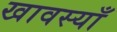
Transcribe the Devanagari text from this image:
खावस्याँ